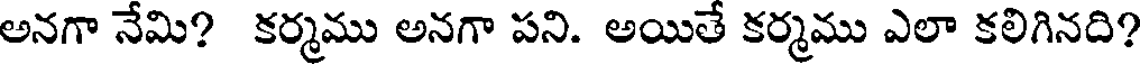
అనగా నేమి? కర్మము అనగా పని. అయితే కర్మము ఎలా కలిగినది?